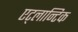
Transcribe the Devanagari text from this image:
एट्लान्टिक